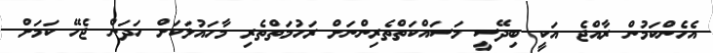
އެހެންކަމުން ރާއްޖެ އަކީ ބިދޭސީ މަސައްކަތްތެރިންނަށް ރަހުމަތްތެރި މާހައުލަކަށް ހަދަން ޖެހޭ ކަމަށް